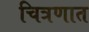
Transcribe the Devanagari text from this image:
चित्रणात